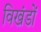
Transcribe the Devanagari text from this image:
विखंडों